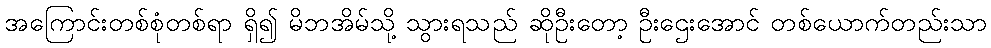
အကြောင်းတစ်စုံတစ်ရာ ရှိ၍ မိဘအိမ်သို့ သွားရသည် ဆိုဦးတော့ ဦးဌေးအောင် တစ်ယောက်တည်းသာ